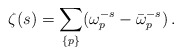
\begin{align*}\zeta (s)=\sum_{\{p\}}(\omega_p^{-s}-\bar {\omega}_p^{-s})\,{.}\end{align*}